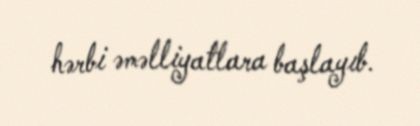
hərbi əməlliyatlara başlayıb.